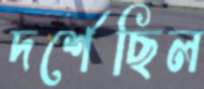
দর্শেছিল